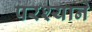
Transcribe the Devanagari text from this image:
परश्याने